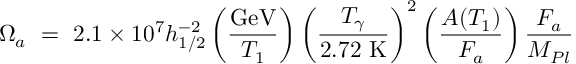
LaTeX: \Omega _ { a } \ = \ 2 . 1 \times 1 0 ^ { 7 } h _ { 1 / 2 } ^ { - 2 } \left( { \frac { \mathrm { G e V } } { T _ { 1 } } } \right) \left( \frac { T _ { \gamma } } { 2 . 7 2 \ \mathrm { K } } \right) ^ { 2 } \left( { \frac { A ( T _ { 1 } ) } { F _ { a } } } \right) { \frac { F _ { a } } { M _ { P l } } }